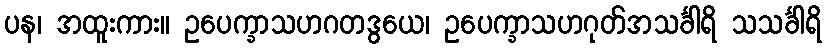
ပန၊ အထူးကား။ ဥပေက္ခာသဟဂတဒွယေ၊ ဥပေက္ခာသဟဂုတ်အသင်္ခါရိ သသင်္ခါရိ